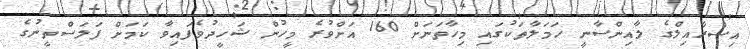
އިސްރާއިލްގެ ލާއިންސާނީ ހަމަލާތަކުގައި މިހާތަނަށް 160 އަށްވުރެ މީހުން ޝަހީދުވެފައިވާ ކަމަށް ފަލަސްތީނުގެ